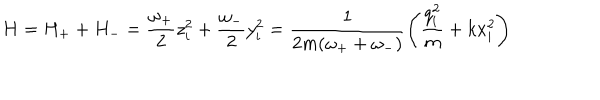
LaTeX: H = H _ { + } + H _ { - } = \frac { \omega _ { + } } { 2 } z _ { i } ^ { 2 } + \frac { \omega _ { - } } { 2 } y _ { i } ^ { 2 } = \frac { 1 } { 2 m ( \omega _ { + } + \omega _ { - } ) } \left( \frac { q _ { i } ^ { 2 } } { m } + k x _ { i } ^ { 2 } \right)